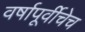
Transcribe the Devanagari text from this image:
वर्षापूर्वीचेच